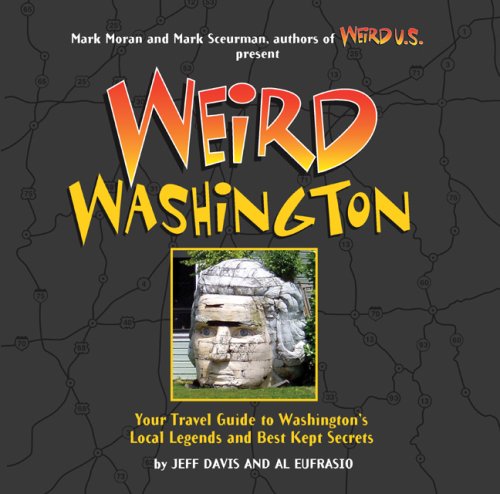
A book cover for Weird Washington: Your Travel Guide to Washington's Local Legends and Best Kept Secrets; Jefferson Davis; Humor & Entertainment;